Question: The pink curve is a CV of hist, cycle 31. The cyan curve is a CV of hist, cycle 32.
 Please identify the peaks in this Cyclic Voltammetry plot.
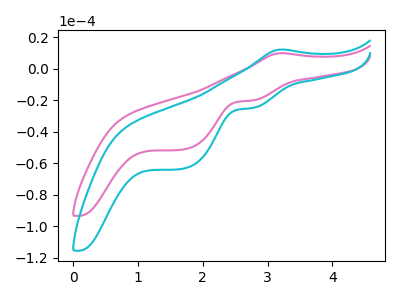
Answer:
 <answer>The pink curve "hist, cycle 31" has an anodic peak at (3.20V, 9.80uA) and cathodic peaks at (2.75V, -20.25uA) (1.70V, -51.35uA). The cyan curve "hist, cycle 32" has an anodic peak at (3.20V, 12.10uA) and cathodic peaks at (2.75V, -25.00uA) (1.70V, -63.50uA).</answer>
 <eval></eval>